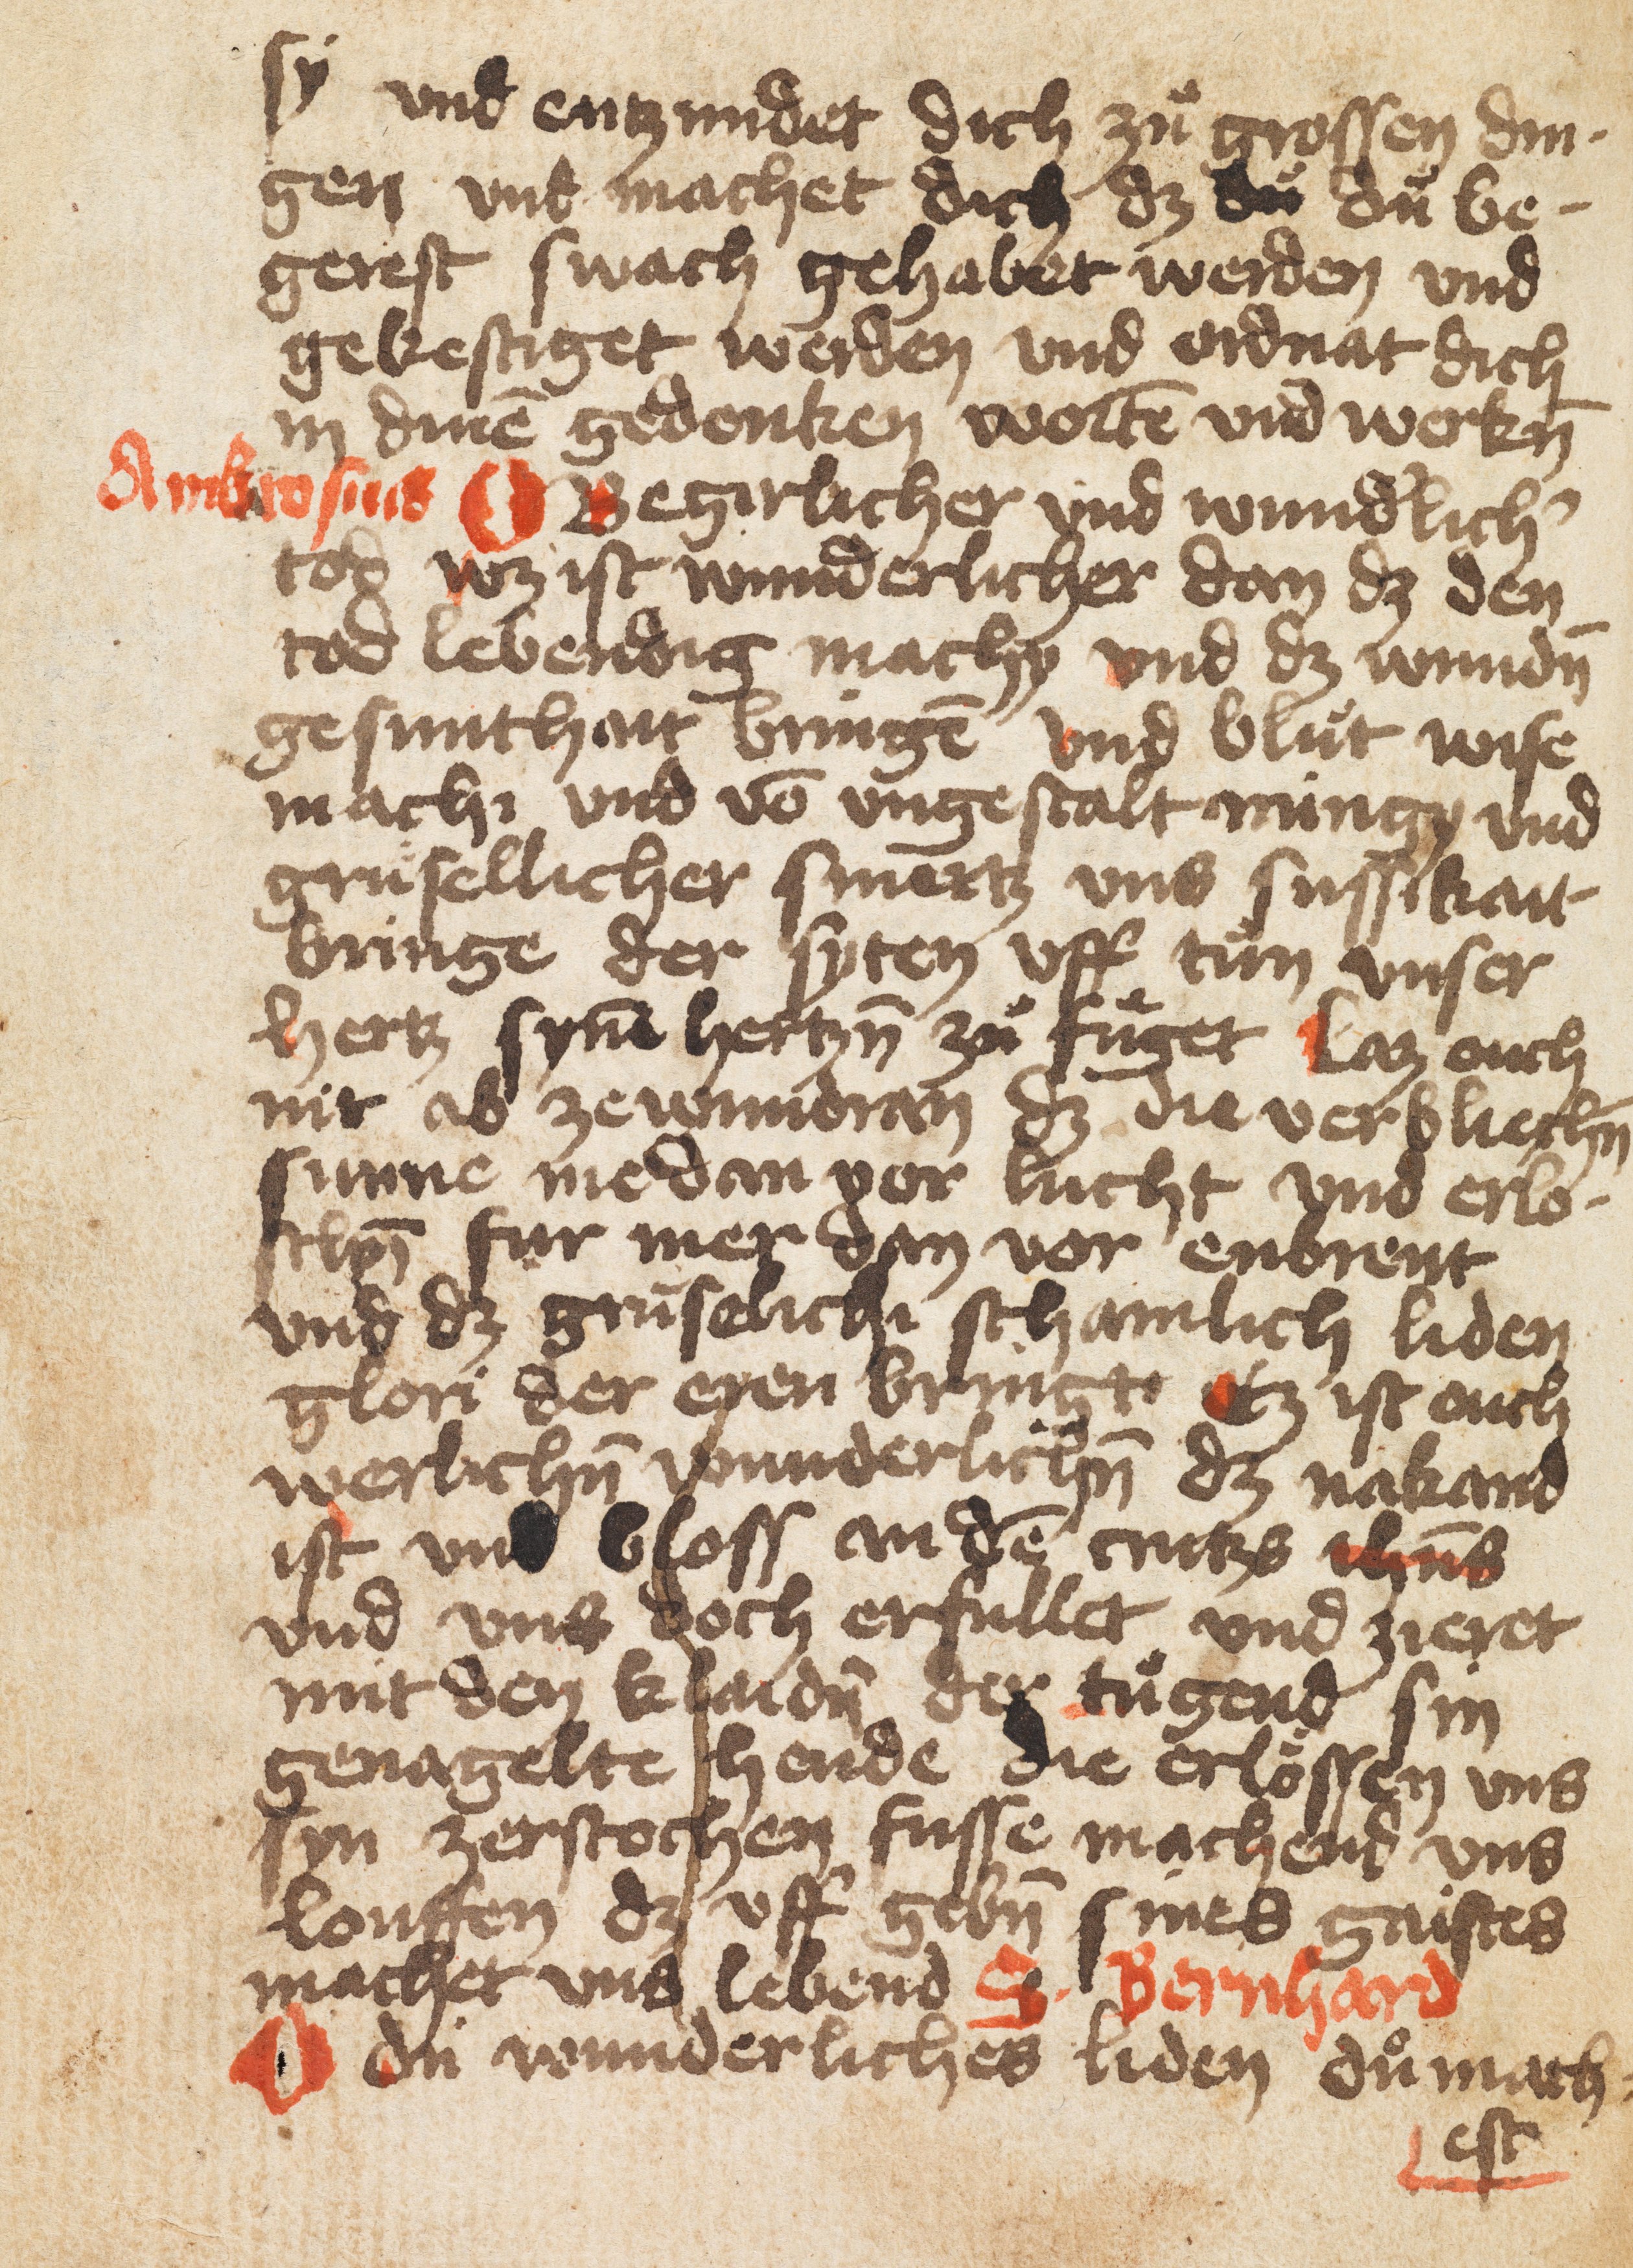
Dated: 1400–1499